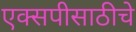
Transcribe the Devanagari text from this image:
एक्सपीसाठीचे